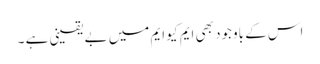
اس کے باوجود بھی ایم کیو ایم میں بے یقینی ہے ۔